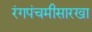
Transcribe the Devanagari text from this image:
रंगपंचमीसारखा